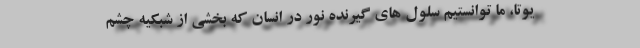
یوتا، ما توانستیم سلول های گیرنده نور در انسان که بخشی از شبکیه چشم